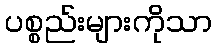
ပစ္စည်းများကိုသာ